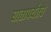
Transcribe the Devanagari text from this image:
घातापर्यंतचे